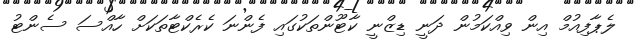
ލެޕާފިއުމް އިން ވިއްކަމުން ދަނީ ޑިޒްނީ ކާޓޫންތަކުގައި ފެންނަ ކެރެކްޓާތަކަށް ހާއްސަ ސެންޓު